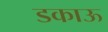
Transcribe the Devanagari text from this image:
डकाऊ